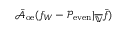
\bar { \mathcal { A } } _ { \mathrm { o e } } ( f _ { W } - \mathcal { P } _ { \mathrm { e v e n } } | _ { \overline { { \mathbb { V } } } } \bar { f } )